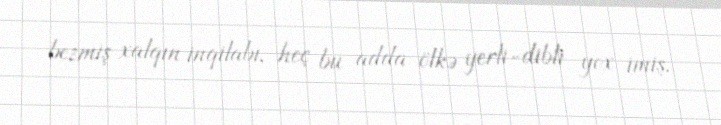
bezmiş xalqın inqilabı, heç bu adda ölkə yerli-dibli yox imiş.